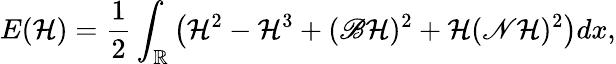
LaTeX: E(\mathcal{H})=\frac{{1}}{{2}}\int_{\mathbb{R}}\left(\mathcal{H}^{2}-\mathcal{H}^{3}+(\mathscr{{B}}\mathcal{H})^{2}+\mathcal{H}(\mathscr{{N}}\mathcal{H})^{2}\right)dx,